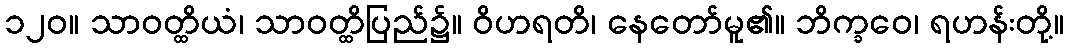
၁၂၀။ သာဝတ္ထိယံ၊ သာဝတ္ထိပြည်၌။ ဝိဟရတိ၊ နေတော်မူ၏။ ဘိက္ခဝေ၊ ရဟန်းတို့။